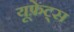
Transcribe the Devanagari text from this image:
यूफ्रेट्स